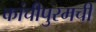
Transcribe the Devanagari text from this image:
कांचीपुरमची